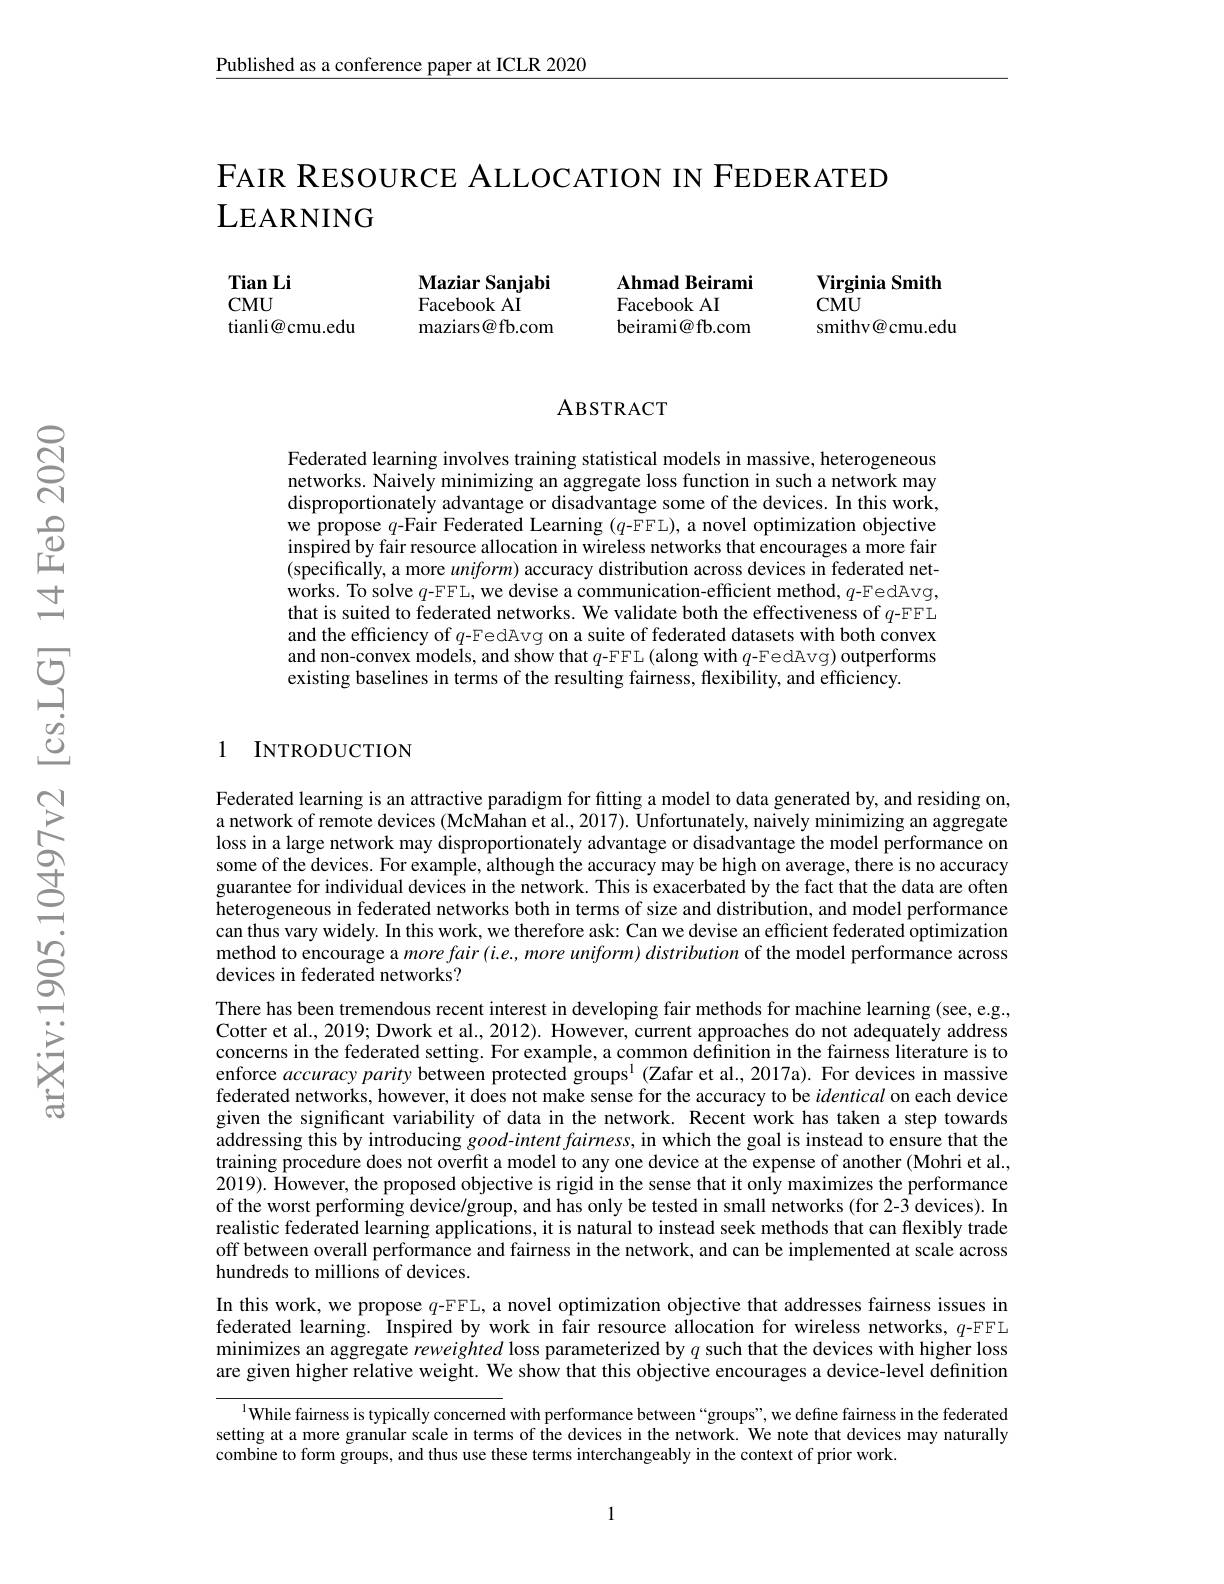
$\underline{\text{Published as a conference paper at ICLR 2020}}$

FAIR RESOURCE ALLOCATION IN FEDERATED
LEARNING

Tian Li $CMU$ tianli@cmu.edu

Maziar Sanjabi
Facebook AI
maziars@fb.com

Ahmad Beirami
Facebook AI
beirami@fb.com

Virginia Smith
$CMU$
smithv@cmu.edu

### ABSTRACT

Federated learning involves training statistical models in massive, heterogeneous networks. Naively minimizing an aggregate loss function in such a network may disproportionately advantage or disadvantage some of the devices. In this work, we propose $q$-Fair Federated Learning ($q$-FFL), a novel optimization objective inspired by fair resource allocation in wireless networks that encourages a more fair (specifically, a more uniform) accuracy distribution across devices in federated networks. To solve $q$-FFL, we devise a communication-efficient method, $q$-FedAvg, that is suited to federated networks. We validate both the effectiveness of $q$-FFL and the efficiency of $q$-FedAvg on a suite of federated datasets with both convex and non-convex models, and show that $q$-FFL (along with $q$-FedAvg) outperforms existing baselines in terms of the resulting fairness, flexibility, and efficiency.

### 1 INTRODUCTION

Federated learning is an attractive paradigm for fitting a model to data generated by, and residing on, a network of remote devices (McMahan et al., 2017). Unfortunately, naively minimizing an aggregate loss in a large network may disproportionately advantage or disadvantage the model performance on some of the devices. For example, although the accuracy may be high on average, there is no accuracy guarantee for individual devices in the network. This is exacerbated by the fact that the data are often heterogeneous in federated networks both in terms of size and distribution, and model performance can thus vary widely. In this work, we therefore ask: Can we devise an efficient federated optimization method to encourage a $morefair(i.e,more$ uniform) distribution of the model performance across devices in federated networks?

There has been tremendous recent interest in developing fair methods for machine learning (see, e.g. Cotter et al., 2019; Dwork et al., 2012). However, current approaches do not adequately address concerns in the federated setting. For example, a common dêfînition in the fairness literature is to enforce accuracy parity between protected groups$^1$ (Zafar et al.,2017a). For devices in massive federated networks, however, it does not make sense for the accuracy to be identical on each device given the significant variability of data in the network. Recent work has taken a step towards addressing this by introducing $good-intent$ fairness, in which the goal is instead to ensure that the training procedure does not overfit a model to any one device at the expense of another (Mohri et al., 2019). However, the proposed objective is rigid in the sense that it only maximizes the performance of the worst performing device/group, and has only be tested in small networks (for 2-3 devices). In realistic federated learning applications, it is natural to instead seek methods that can flexibly trade off between overall performance and fairness in the network, and can be implemented at scale across hundreds to millions of devices.

In this work, we propose $q$-FFL, a novel optimization objective that addresses fairness issues in federated learning. Inspired by work in fair resource allocation for wireless networks, $q$-FFL minimizes an aggregate reweighted loss parameterized by $q$ such that the devices with higher loss are given higher relative weight. We show that this objective encourages a device-level definition

$^{1}$While fairness is typically concerned with performance between“groups”, we define fairness in the federated setting at a more granular scale in terms of the devices in the network. We note that devices may naturally combine to form groups, and thus use these terms interchangeably in the context of prior work.

1